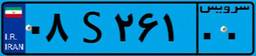
۰۸S۲۶۱۰۰